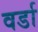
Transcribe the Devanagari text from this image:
वर्डा